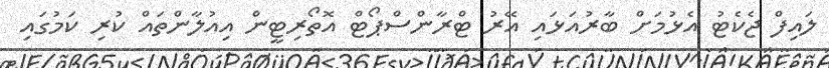
ލައިފް ޖެކެޓު އެޅުމަށް ބާރުއަޅައި އޭރު ޓްރާންސްޕޯޓް އޮތޯރިޓީން އިއުލާންތައް ކުރި ކަމުގައި